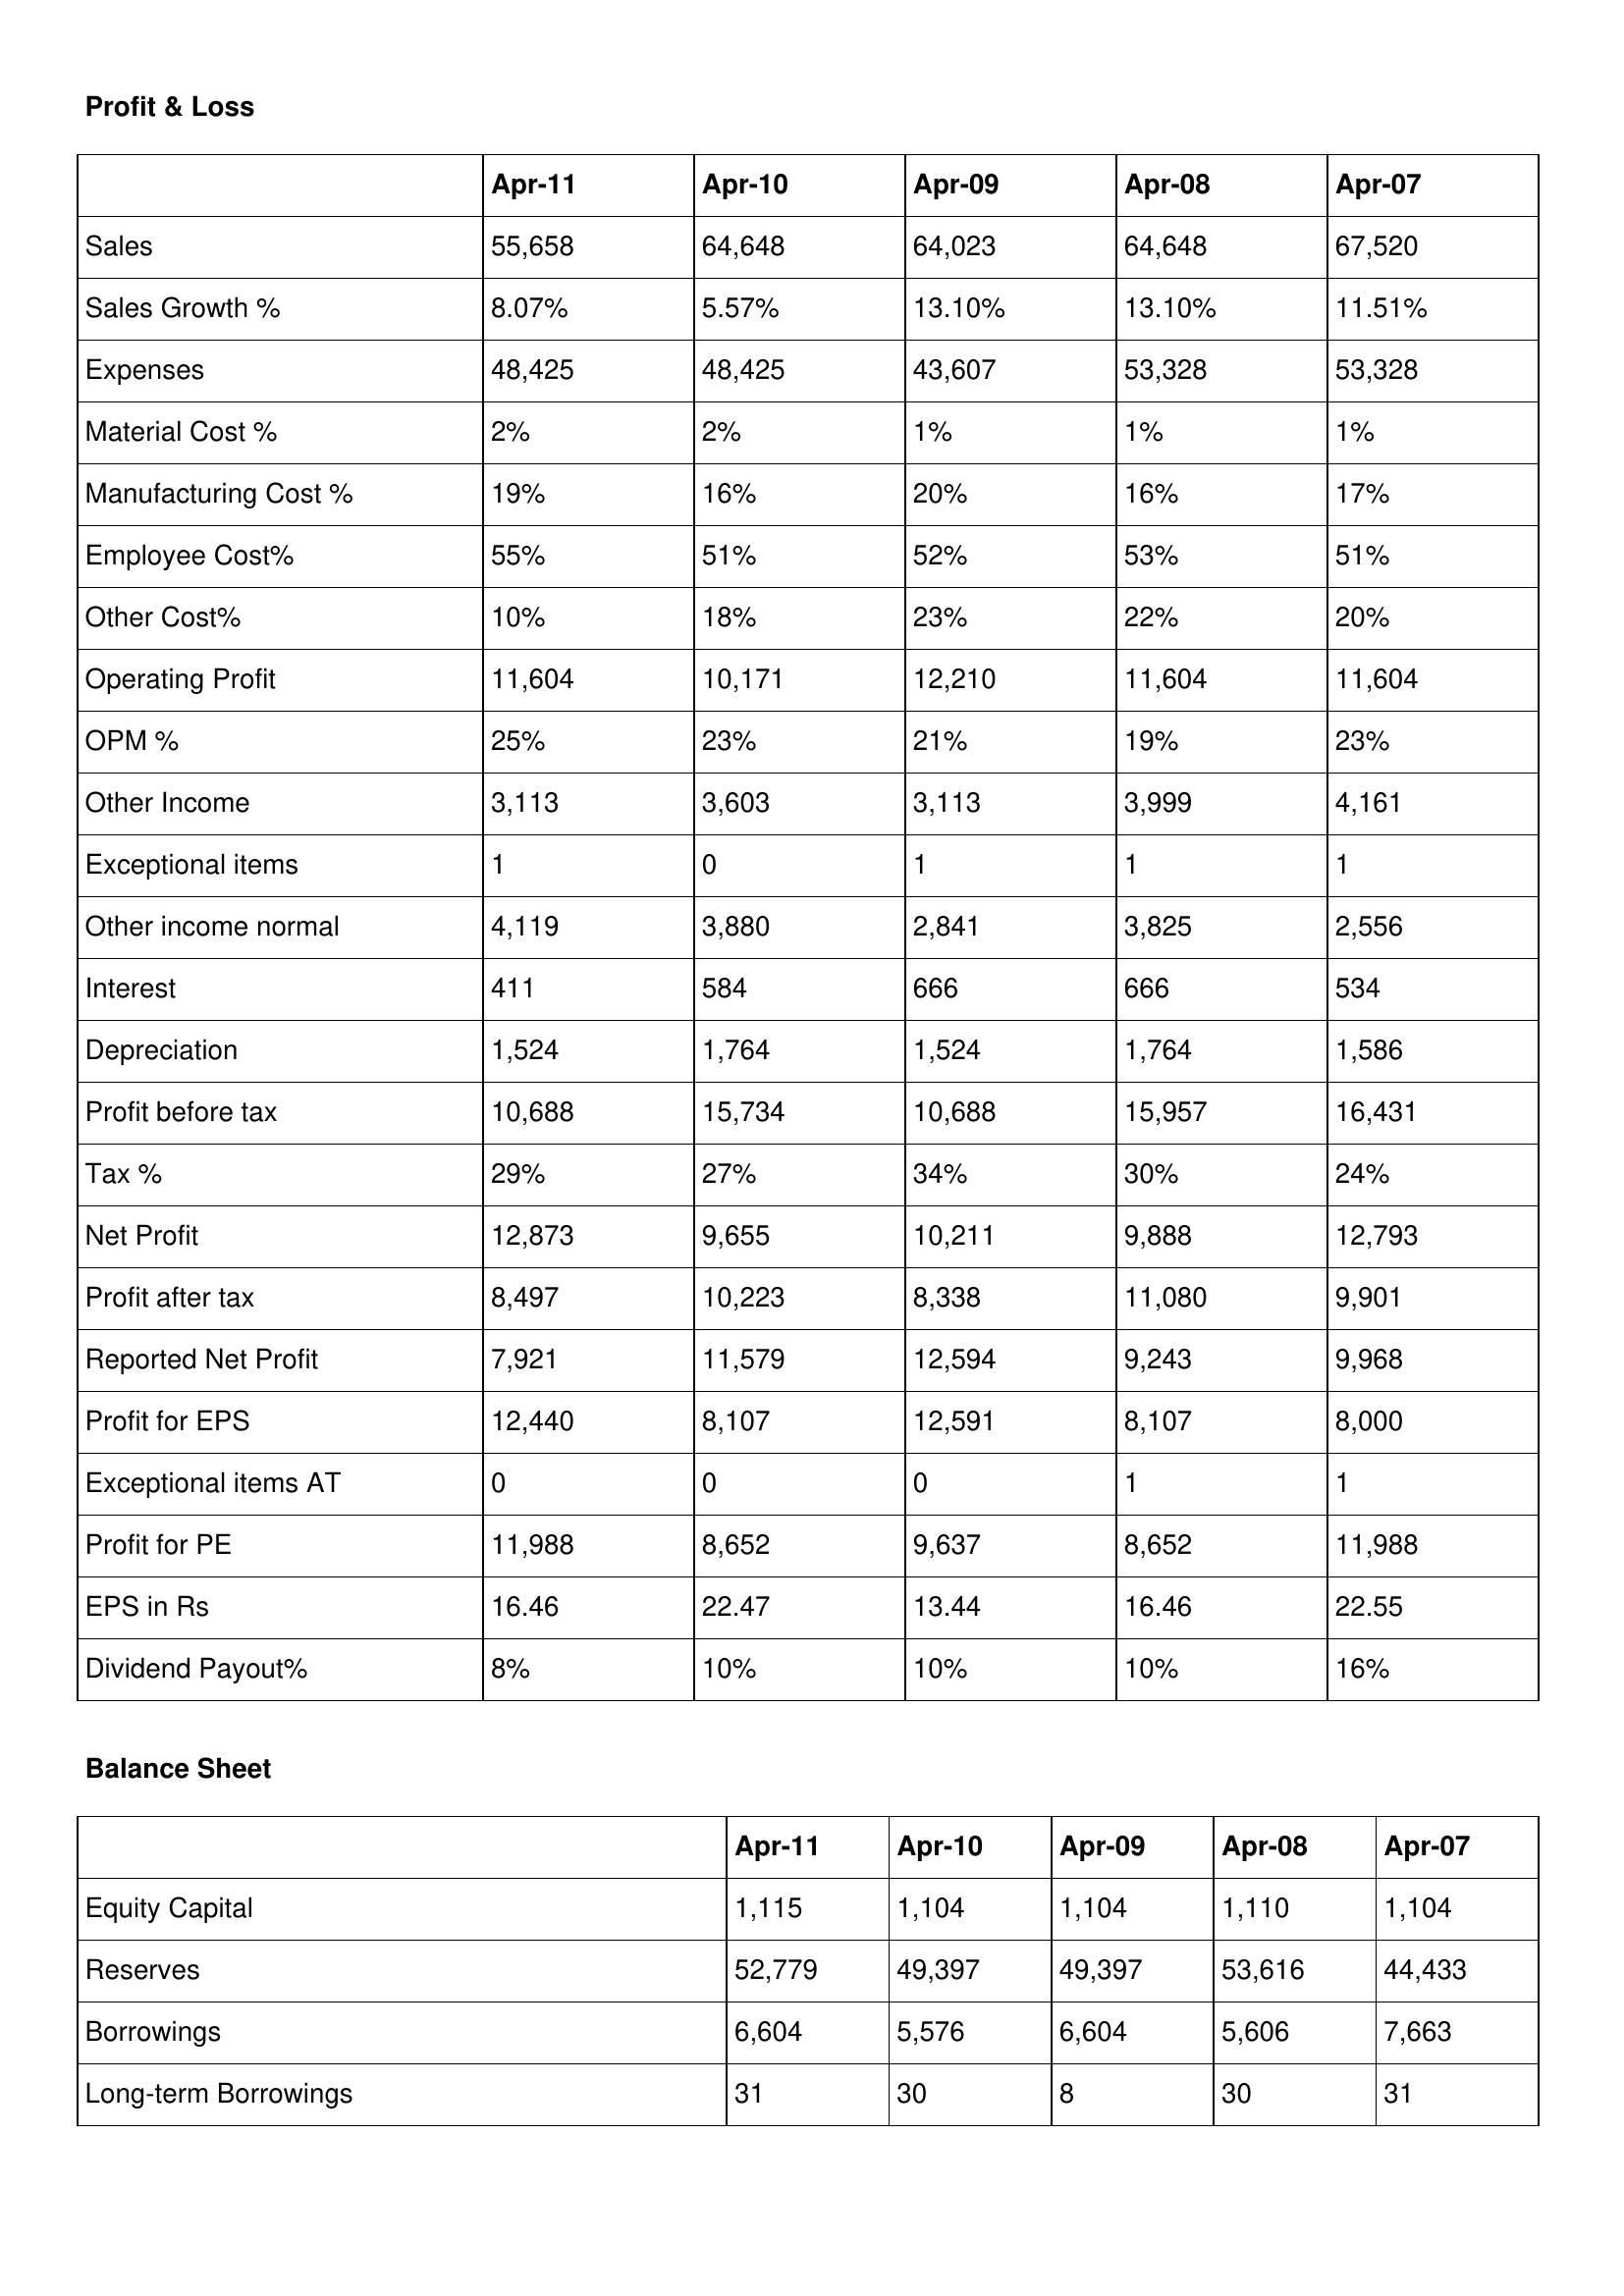
gt_parse: Apr-11: Profit & Loss: Sales: 55,658
Sales Growth %: 8.07%
Expenses: 48,425
Material Cost %: 2%
Manufacturing Cost %: 19%
Employee Cost%: 55%
Other Cost%: 10%
Operating Profit: 11,604
OPM %: 25%
Other Income: 3,113
Exceptional items: 1
Other income normal: 4,119
Interest: 411
Depreciation: 1,524
Profit before tax: 10,688
Tax %: 29%
Net Profit: 12,873
Profit after tax: 8,497
Reported Net Profit: 7,921
Profit for EPS: 12,440
Exceptional items AT: 0
Profit for PE: 11,988
EPS in Rs: 16.46
Dividend Payout%: 8%
Balance Sheet: Equity Capital: 1,115
Reserves: 52,779
Borrowings: 6,604
Long-term Borrowings: 31
Apr-10: Profit & Loss: Sales: 64,648
Sales Growth %: 5.57%
Expenses: 48,425
Material Cost %: 2%
Manufacturing Cost %: 16%
Employee Cost%: 51%
Other Cost%: 18%
Operating Profit: 10,171
OPM %: 23%
Other Income: 3,603
Exceptional items: 0
Other income normal: 3,880
Interest: 584
Depreciation: 1,764
Profit before tax: 15,734
Tax %: 27%
Net Profit: 9,655
Profit after tax: 10,223
Reported Net Profit: 11,579
Profit for EPS: 8,107
Exceptional items AT: 0
Profit for PE: 8,652
EPS in Rs: 22.47
Dividend Payout%: 10%
Balance Sheet: Equity Capital: 1,104
Reserves: 49,397
Borrowings: 5,576
Long-term Borrowings: 30
Apr-09: Profit & Loss: Sales: 64,023
Sales Growth %: 13.10%
Expenses: 43,607
Material Cost %: 1%
Manufacturing Cost %: 20%
Employee Cost%: 52%
Other Cost%: 23%
Operating Profit: 12,210
OPM %: 21%
Other Income: 3,113
Exceptional items: 1
Other income normal: 2,841
Interest: 666
Depreciation: 1,524
Profit before tax: 10,688
Tax %: 34%
Net Profit: 10,211
Profit after tax: 8,338
Reported Net Profit: 12,594
Profit for EPS: 12,591
Exceptional items AT: 0
Profit for PE: 9,637
EPS in Rs: 13.44
Dividend Payout%: 10%
Balance Sheet: Equity Capital: 1,104
Reserves: 49,397
Borrowings: 6,604
Long-term Borrowings: 8
Apr-08: Profit & Loss: Sales: 64,648
Sales Growth %: 13.10%
Expenses: 53,328
Material Cost %: 1%
Manufacturing Cost %: 16%
Employee Cost%: 53%
Other Cost%: 22%
Operating Profit: 11,604
OPM %: 19%
Other Income: 3,999
Exceptional items: 1
Other income normal: 3,825
Interest: 666
Depreciation: 1,764
Profit before tax: 15,957
Tax %: 30%
Net Profit: 9,888
Profit after tax: 11,080
Reported Net Profit: 9,243
Profit for EPS: 8,107
Exceptional items AT: 1
Profit for PE: 8,652
EPS in Rs: 16.46
Dividend Payout%: 10%
Balance Sheet: Equity Capital: 1,110
Reserves: 53,616
Borrowings: 5,606
Long-term Borrowings: 30
Apr-07: Profit & Loss: Sales: 67,520
Sales Growth %: 11.51%
Expenses: 53,328
Material Cost %: 1%
Manufacturing Cost %: 17%
Employee Cost%: 51%
Other Cost%: 20%
Operating Profit: 11,604
OPM %: 23%
Other Income: 4,161
Exceptional items: 1
Other income normal: 2,556
Interest: 534
Depreciation: 1,586
Profit before tax: 16,431
Tax %: 24%
Net Profit: 12,793
Profit after tax: 9,901
Reported Net Profit: 9,968
Profit for EPS: 8,000
Exceptional items AT: 1
Profit for PE: 11,988
EPS in Rs: 22.55
Dividend Payout%: 16%
Balance Sheet: Equity Capital: 1,104
Reserves: 44,433
Borrowings: 7,663
Long-term Borrowings: 31